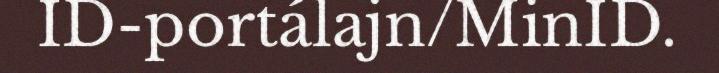
ID-portálajn/MinID.